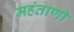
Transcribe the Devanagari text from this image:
महंताणी